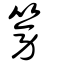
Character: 篣